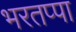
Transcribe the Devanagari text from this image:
भरतप्पा